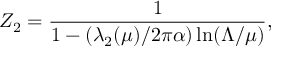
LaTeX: Z _ { 2 } = { \frac { 1 } { 1 - ( \lambda _ { 2 } ( \mu ) / 2 \pi \alpha ) \ln ( \Lambda / \mu ) } } ,